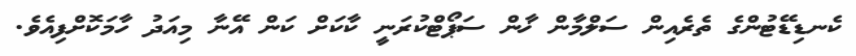
ކެނޑިޑޭޓުންގެ ތެރެއިން ސަލްމާން ޚާން ސަޕޯޓްކުރަނީ ކާކަށް ކަން އޭނާ މިއަދު ހާމަކޮށްފިއެވެ.